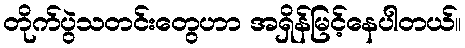
တိုက်ပွဲသတင်းတွေဟာ အရှိန်မြင့်နေပါတယ်။